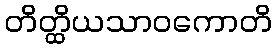
တိတ္ထိယသာဝကောတိ